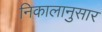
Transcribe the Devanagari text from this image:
निकालानुसार